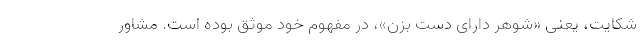
شکایت، یعنی «شوهرِ دارای دستِ بزن»، در مفهوم خود موثق بوده‌ است. مشاور